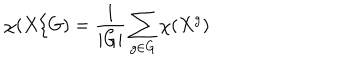
\chi ( X / G ) = \frac { 1 } { | G | } \sum _ { g \in G } \chi ( X ^ { g } )